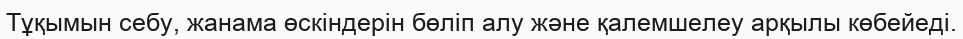
Тұқымын себу, жанама өскіндерін бөліп алу және қалемшелеу арқылы көбейеді.